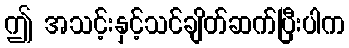
ဤ အသင့်းနှင့်သင်ချိတ်ဆက်ပြီးပါက